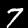
Label: 7